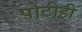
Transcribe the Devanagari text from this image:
पोटीही